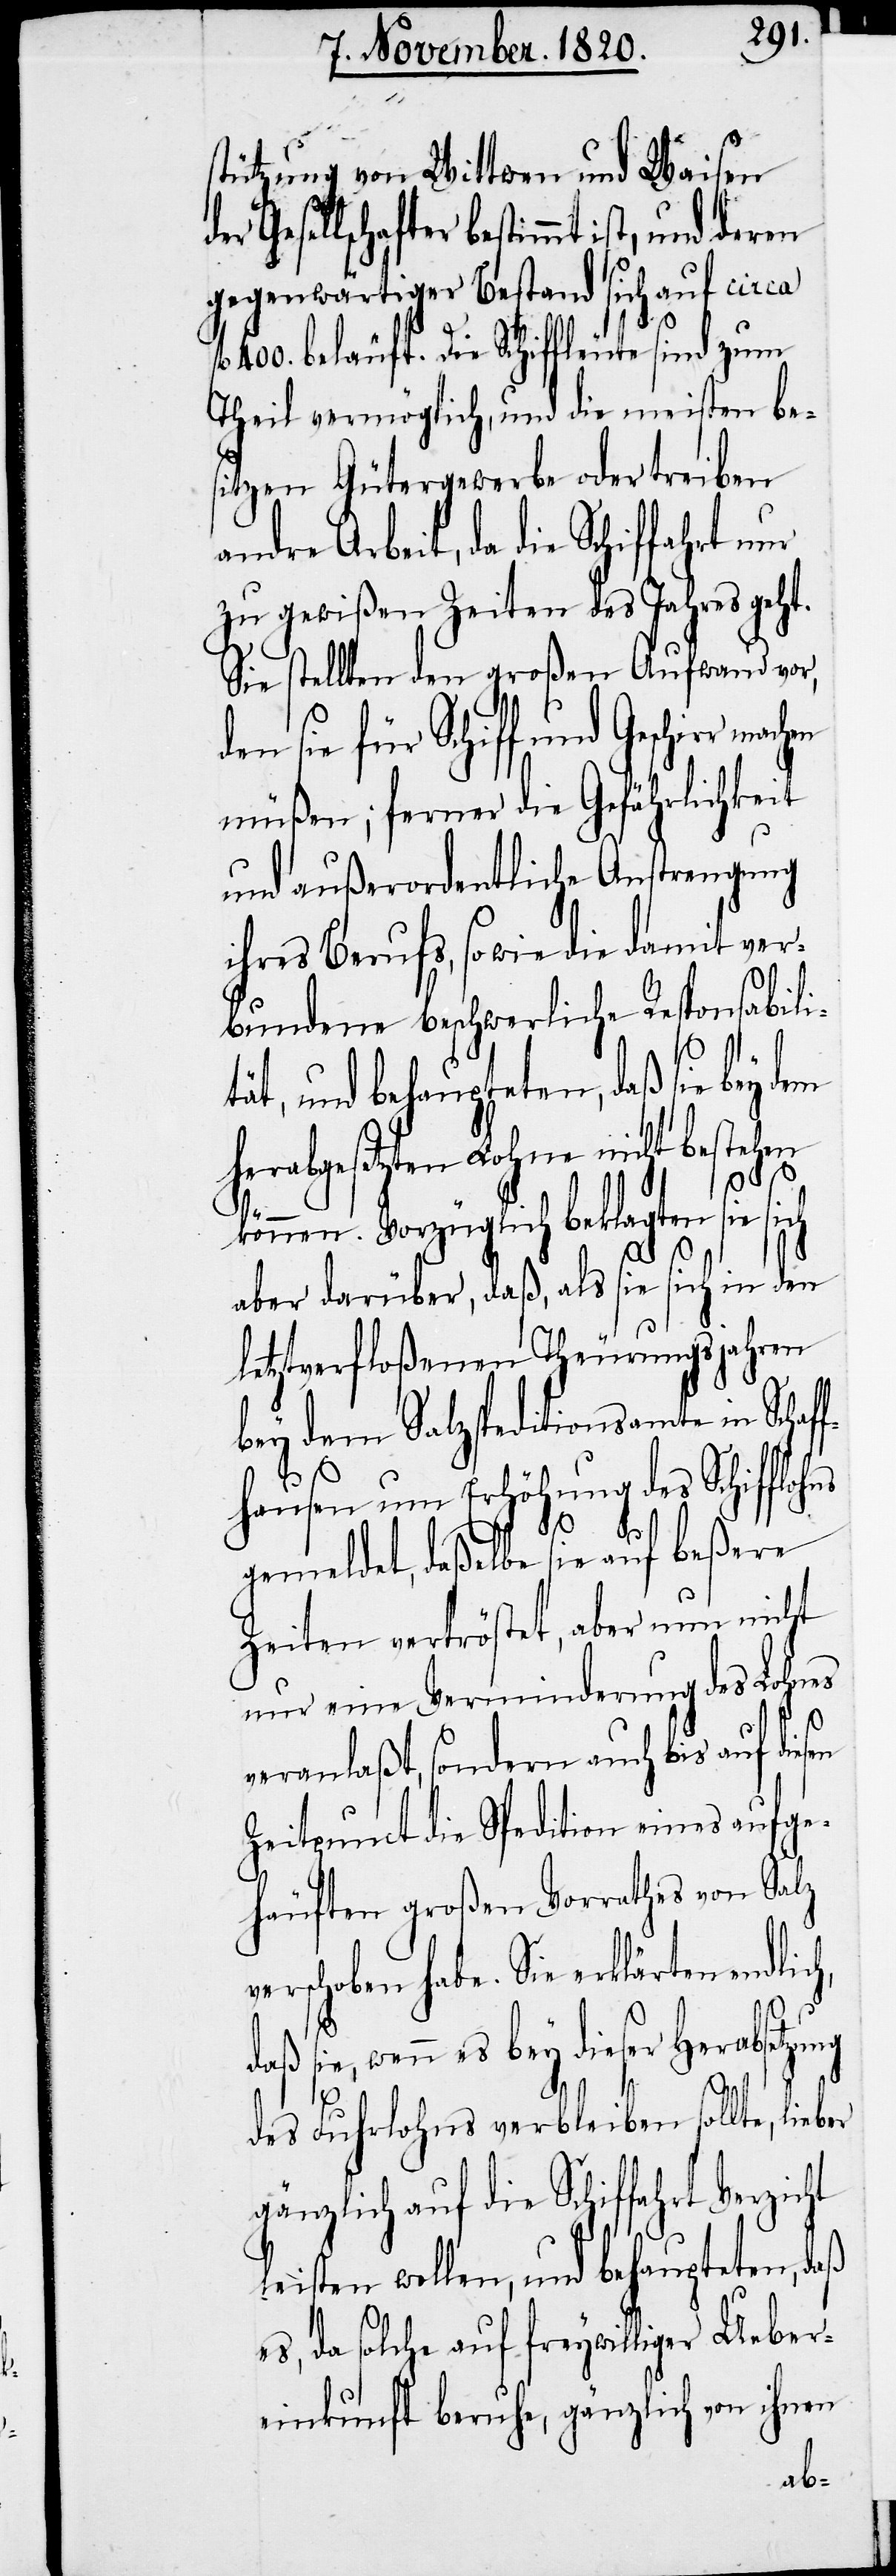
stützung von Wittwen und Waisen
Gesellschafter bestimmt ist,
gegenwärtiger Bestand sich auf circa
400. beläuft. Die Schiffleute sind
Theil vermöglich, und die meisten be¬
sitzen Gütergewerbe oder treiben
andre Arbeit, da die Schiffhart n¬
zu gewißen Zeiten des Jahres geht.
Sie stellten den großen Aufwand vor,
den sie für Schiff und Geschirr
müßen; ferner die Gefährlichkeit
und außerordentliche Anstrengung
ihres Berufs, sowie die damit ver¬
bundene beschwerliche Responsabili¬
ät, und behaupteten, daß sie bey dem
herabgesetzten Lohne nicht bestehen
können. Vorzüglich beklagten sie sich
aber darüber, daß, als sie sich in den
letztverfloßenen Theurungsjahren
bey dem Salzspeditionsamte in Schaf¬
fhausen um Erhöhung des Schifflohn
gemeldet, daßelbe sie auf beßere
Zeiten vertröstet, aber nun nicht
nur eine Verminderung des Lohns
veranlaßt, sondern auch bis auf die¬
Zeitpunct die Spedition eines aufge¬
häuften großen Vorrathes von Salz
erschoben habe. Sie erklärten endlic¬
d¬
aß sie, wenn es bey dieser Herabsetzu¬
ng
t¬
des Fuhrlohns verbleiben sollte, lieber
gänzlich auf die Schiffahrt Verzicht
leisten wollen, und behaupteten, daß
es, da solche auf freywilliger Ueber¬
einkunft beruhe, gänzlich von ihnen,